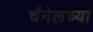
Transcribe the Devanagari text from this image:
चॅनेलच्या